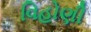
વિહોણી